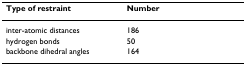
<table><thead><tr><td><b>Type of restraint</b></td><td><b>Number</b></td></tr></thead><tbody><tr><td>inter-atomic distances</td><td>186</td></tr><tr><td>hydrogen bonds</td><td>50</td></tr><tr><td>backbone dihedral angles</td><td>164</td></tr></tbody></table>